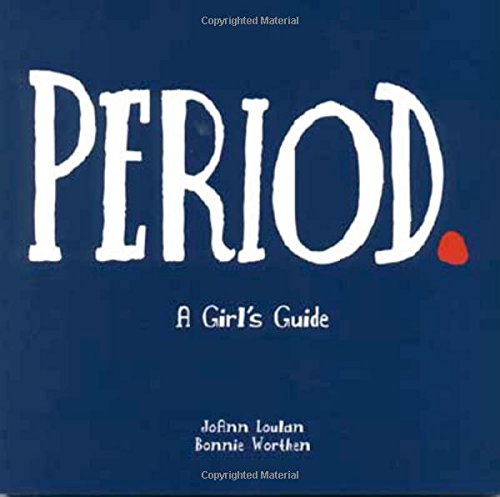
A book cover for Period.: A Girl's Guide; JoAnn Loulan; Parenting & Relationships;